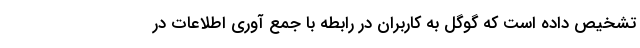
تشخیص داده است که گوگل به کاربران در رابطه با جمع آوری اطلاعات در